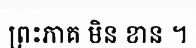
ព្រះភាគ មិន ខាន ។